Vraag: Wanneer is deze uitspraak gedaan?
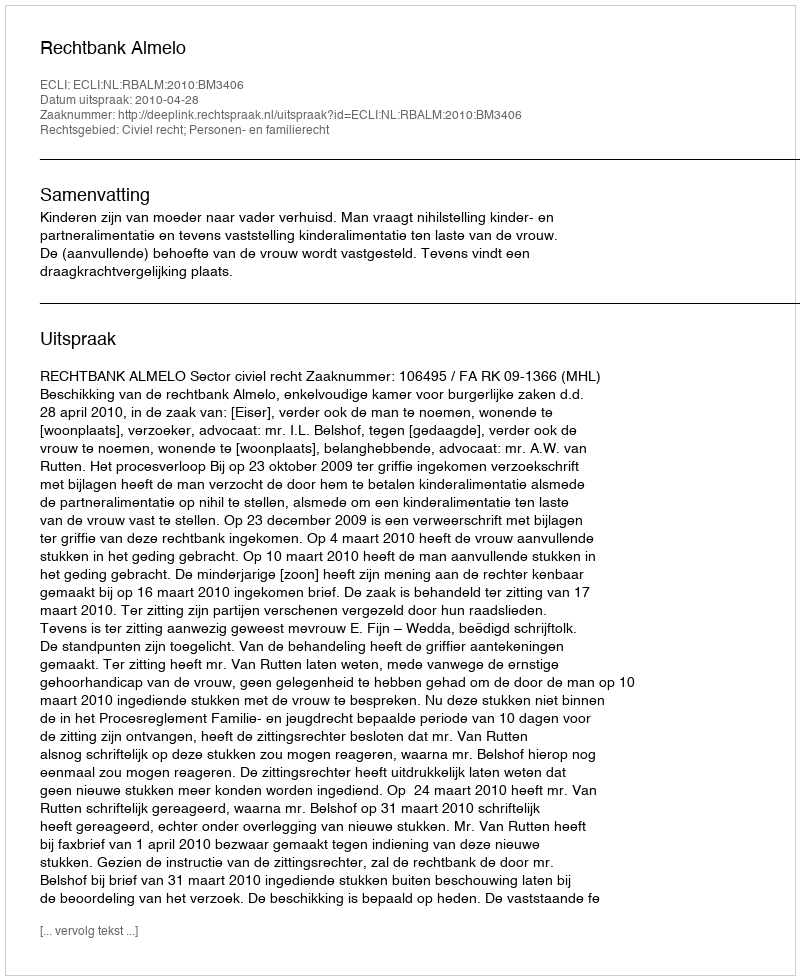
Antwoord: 2010-04-28